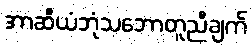
အာဆီယံဘုံသဘောတူညီချက်